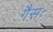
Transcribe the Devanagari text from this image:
गैसः